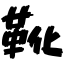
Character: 靴